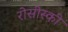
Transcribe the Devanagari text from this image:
रोसीस्की